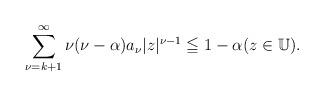
LaTeX: \begin{align*}\sum_{\nu=k+1}^{\infty} \nu(\nu-\alpha) a_{\nu} |z|^{\nu-1} \leqq 1-\alpha(z \in \mathbb{U}).\end{align*}